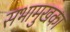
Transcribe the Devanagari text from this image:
सभामुखका